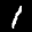
Label: 1